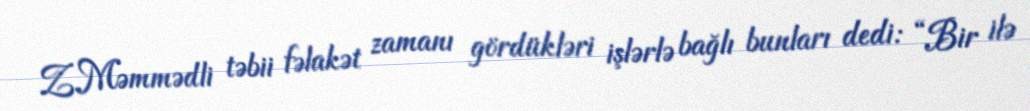
Z.Məmmədli təbii fəlakət zamanı gördükləri işlərlə bağlı bunları dedi: “Bir ilə